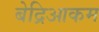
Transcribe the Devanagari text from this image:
बेद्रिआकम